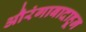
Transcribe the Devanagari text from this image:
औरंगाबादाहून